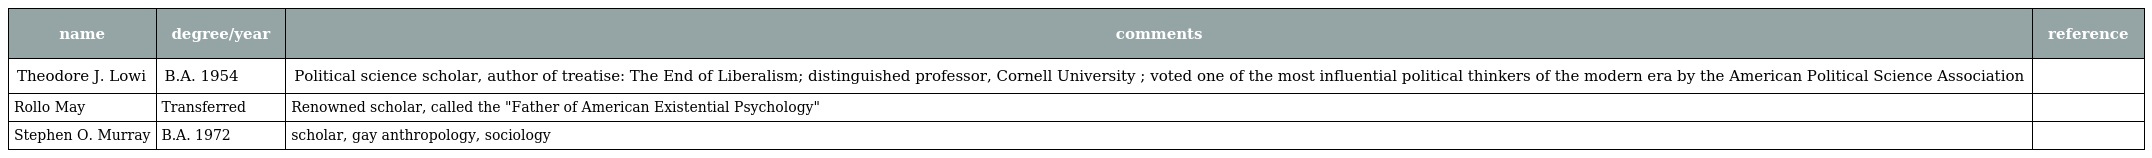
| name | degree/year | comments | reference |
 | --- | --- | --- | --- |
 | Theodore J. Lowi | B.A. 1954 | Political science scholar, author of treatise: The End of Liberalism; distinguished professor, Cornell University ; voted one of the most influential political thinkers of the modern era by the American Political Science Association |  |
 | Rollo May | Transferred | Renowned scholar, called the "Father of American Existential Psychology" |  |
 | Stephen O. Murray | B.A. 1972 | scholar, gay anthropology, sociology |  |